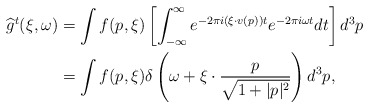
\begin{align*}\widehat{g}^{t}(\xi,\omega) &= \int f(p,\xi) \left[\int_{-\infty}^{\infty} e^{-2\pi i \left(\xi \cdot v(p)\right)t} e^{-2 \pi i \omega t}dt\right]d^3p\\&=\int f(p,\xi) \delta\left(\omega + \xi \cdot \frac{p}{\sqrt{1+\lvert p \rvert^2}}\right)d^3p,\end{align*}